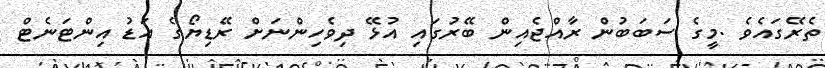
ތެރޭގައެވެ .މީގެ ސަބަބުން ރާއްޖެއިން ބޭރުގައި އުޅޭ ދިވެހިންނަށް ރޭޑިޔޯގެ އަޑު އިންޓަނެޓް